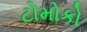
ટોમોકો